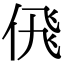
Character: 𬾘